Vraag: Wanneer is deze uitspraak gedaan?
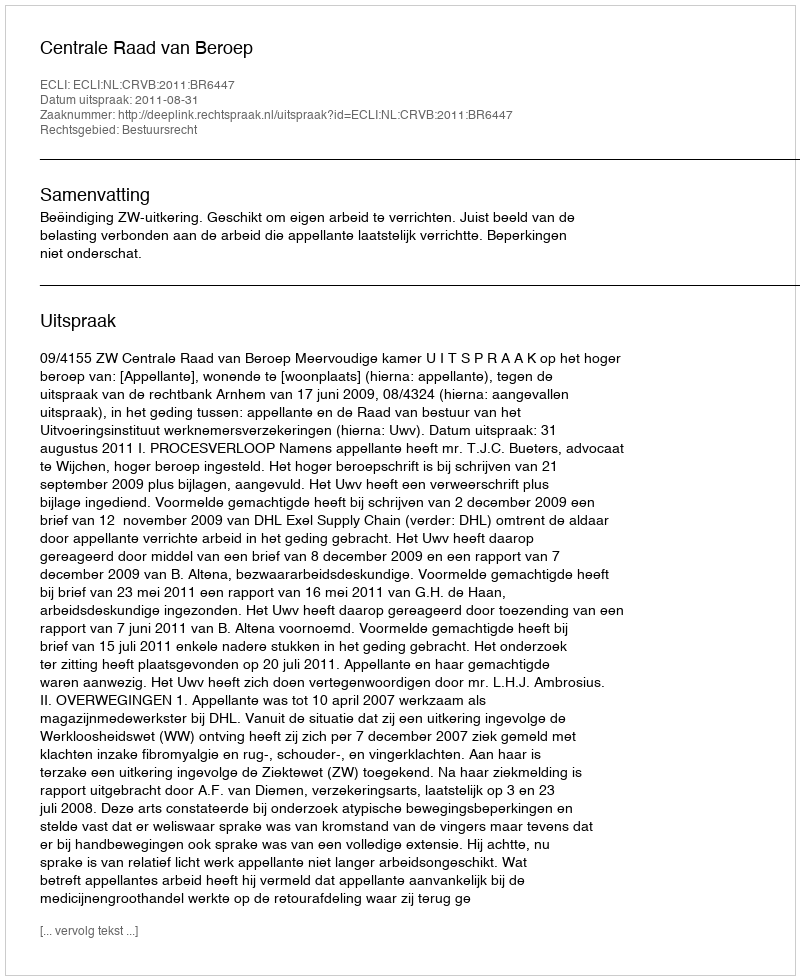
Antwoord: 2011-08-31